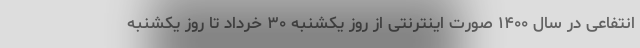
انتفاعی در سال ۱۴۰۰ صورت اینترنتی از روز یکشنبه ۳۰ خرداد تا روز یکشنبه